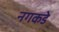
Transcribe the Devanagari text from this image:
नगकडे